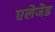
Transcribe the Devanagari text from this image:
एलेजेड